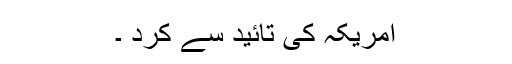
امریکہ کی تائید سے کرد ۔